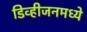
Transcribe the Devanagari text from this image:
डिव्हीजनमध्ये